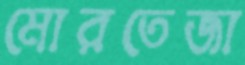
মোরতেজা